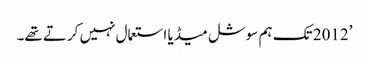
’2012 تک ہم سوشل میڈیا استعمال نہیں کرتے تھے۔